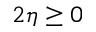
2 \eta \geq 0